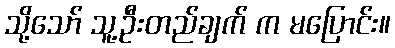
သို့သော် သူ့ဦးတည်ချက် က မပြောင်း။